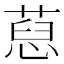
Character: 𦷚